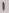
Text: 1